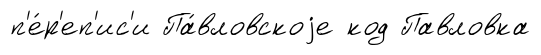
п'е́р'еп'ис'и Па́вловскоjе код Павловка